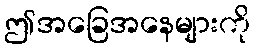
ဤအခြေအနေများကို